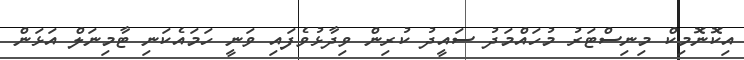
އިކޮނޮމިކް މިނިސްޓަރު މުހައްމަދު ސައީދު ކުރިން ވިދާޅުވެފައި ވަނީ ހަމައެކަނި ޓާމިނަލް އަޅަން